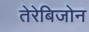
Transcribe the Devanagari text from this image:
तेरेबिजोन